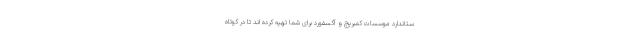
ستاندارد موسسات کمبریج و آکسفورد برای شما تهیه کرده اند تا در کوتاه